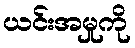
ယင်းအမှုကို